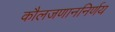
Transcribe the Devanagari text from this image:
कौलजणाननिर्णय